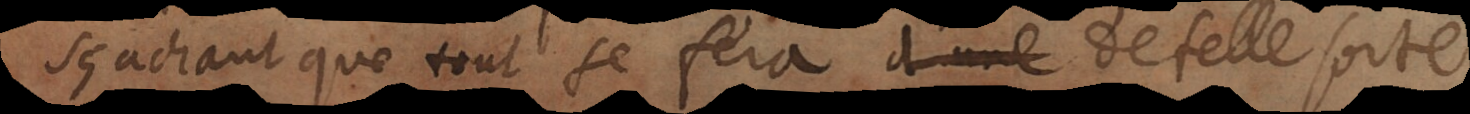
sçachant que tout se fera de telle sorte